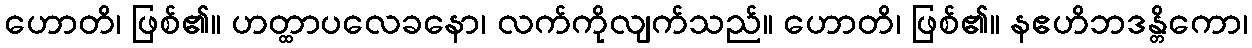
ဟောတိ၊ ဖြစ်၏။ ဟတ္ထာပလေခနော၊ လက်ကိုလျက်သည်။ ဟောတိ၊ ဖြစ်၏။ နဧဟိဘဒန္တိကော၊